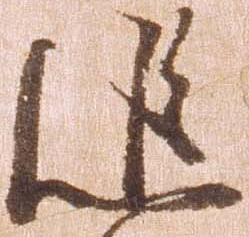
追